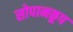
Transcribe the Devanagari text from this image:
सोपानकूप